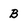
Character: B